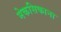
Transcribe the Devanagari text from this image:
मेकसिकाना